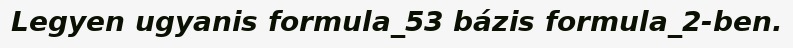
Legyen ugyanis formula_53 bázis formula_2-ben.